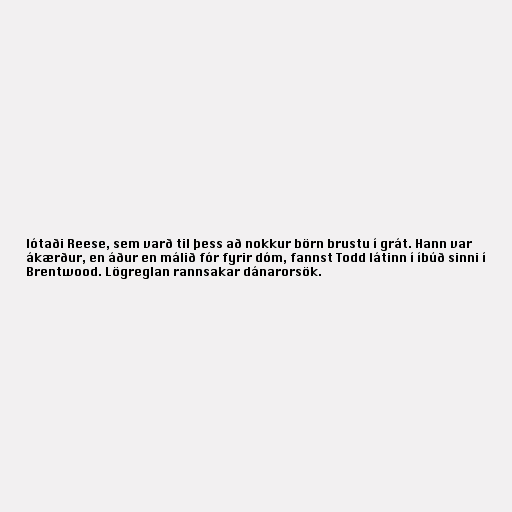
lótaði Reese, sem varð til þess að nokkur börn brustu í grát. Hann var
ákærður, en áður en málið fór fyrir dóm, fannst Todd látinn í íbúð sinni í
Brentwood. Lögreglan rannsakar dánarorsök.